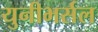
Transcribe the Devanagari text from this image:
युनीभर्सल